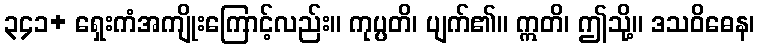
၃၄၁+ ရှေးကံအကျိုးကြောင့်လည်း။ ကုပ္ပတိ၊ ပျက်၏။ ဣတိ၊ ဤသို့။ ဒသဝိဓေန၊